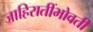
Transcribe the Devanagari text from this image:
जाहिरातींभोवती